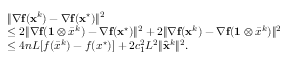
\begin{array} { r l } & { \| { \nabla } \mathbf { f } ( \mathbf { x } ^ { k } ) - { \nabla } { \mathbf { f } } ( { \mathbf { x } } ^ { \star } ) \| ^ { 2 } } \\ & { \leq 2 \| { \nabla } \mathbf { f } ( \mathbf { 1 } \otimes \bar { x } ^ { k } ) - { \nabla } \mathbf { f } ( { \mathbf { x } } ^ { \star } ) \| ^ { 2 } + 2 \| { \nabla } \mathbf { f } ( \mathbf { x } ^ { k } ) - { \nabla } \mathbf { f } ( \mathbf { 1 } \otimes \bar { x } ^ { k } ) \| ^ { 2 } } \\ & { \leq 4 n L [ f ( \bar { x } ^ { k } ) - f ( x ^ { \star } ) ] + 2 c _ { 1 } ^ { 2 } L ^ { 2 } \| \hat { { \mathbf { x } } } ^ { k } \| ^ { 2 } . } \end{array}